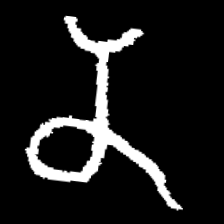
Pyu character \u2014 Myanmar letter: န (romanized: na)